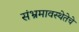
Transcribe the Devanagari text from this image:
संभ्रमावस्थेतेचे